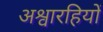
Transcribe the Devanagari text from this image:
अश्वारहियों